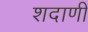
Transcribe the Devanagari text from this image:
शदाणी